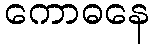
ကောဓနေ